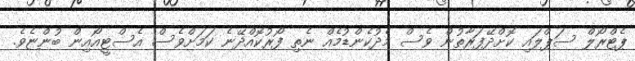
ޕެޓްރޯލް ސަޕްލައި ކޮށްްދޭފަރާތުން ވެސް މެދުކެންޑުމެއް ނެތި ފޯރުކޮއްދޭނެ ކަމަށްވެސް އެސްޓީއޯއިން ބުންޏެވެ.